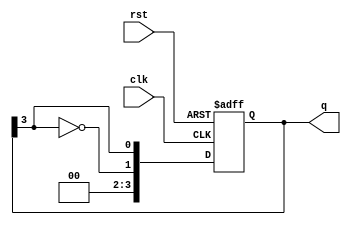
module johnson_counter #(parameter N = 4) (
    input wire clk,       // Clock input
    input wire rst,       // Reset input
    output reg [N-1:0] q // Output state of the counter
);

    // Always block triggered on the rising edge of the clock or when reset is activated
    always @(posedge clk or posedge rst) begin
        if (rst) begin
            // Initialize the counter to 0 on reset
            q <= 0;
        end else begin
            // Shift the state and apply the feedback mechanism
            q <= {~q[N-1], q[N-1:N-1]}; // Shift left and feed back inverted last bit
        end
    end

endmodule